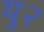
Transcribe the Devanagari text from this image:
यु२